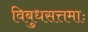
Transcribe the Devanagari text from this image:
विबुधसत्तमाः